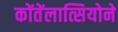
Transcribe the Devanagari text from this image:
कोंतेंलात्सियोने